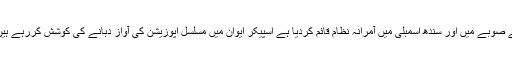
ڈاکٹر ارباب رحیم نے کہا کہ پیپلز پارٹی نے صوبے میں اور سندھ اسمبلی میں آمرانہ نظام قائم کردیا ہے اسپیکر ایوان میں مسلسل اپوزیشن کی آواز دبانے کی کوشش کررہے ہیں اور وہاں ہمیں بولنے کا موقع نہیں دیا جاتا۔